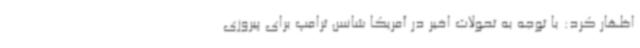
اظهار کرد: با توجه به تحولات اخیر در آمریکا شانس ترامپ برای پیروزی